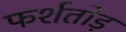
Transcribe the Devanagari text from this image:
फर्शतोड़